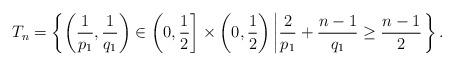
LaTeX: \begin{align*} T_n = \left\{\left(\frac{1}{p_1}, \frac{1}{q_1}\right) \in \left(0,\frac{1}{2}\right] \times \left(0, \frac{1}{2}\right) \left| \frac{2}{p_1} + \frac{n-1}{q_1} \geq \frac{n-1}{2}\right.\right\}. \end{align*}